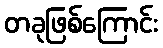
တခုဖြစ်ကြောင်း